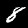
Label: 8